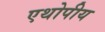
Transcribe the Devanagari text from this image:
एथोपीय